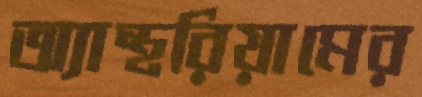
অ্যান্থরিয়ামের